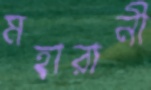
মহারানী